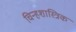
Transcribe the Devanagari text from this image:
चिन्हशास्त्रिक